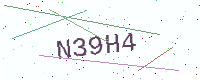
Text: N39H4